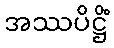
အဿပိဋ္ဌိံ